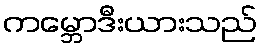
ကမ္ဘောဒီးယားသည်